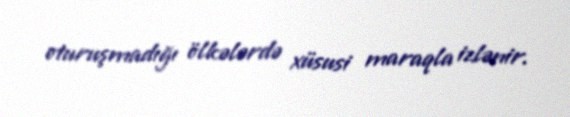
oturuşmadığı ölkələrdə xüsusi maraqla izlənir.